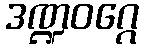
ဒဏ္ဍဝဂ္ဂေ